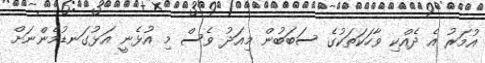
އުމަރު އެ ދެއްކި ވާހަކަތަކުގެ ސަބަބުން މިއަދު ވެސް މި އުޅެނީ އަޅުގަނޑުމެންނަށް